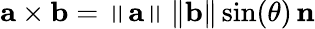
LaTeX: \mathbf{a}\times\mathbf{b}=\left\| \mathbf{a}\right\| \left\| \mathbf{b}\right\| \sin(\theta)\, \mathbf{n}